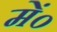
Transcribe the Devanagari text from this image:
में०